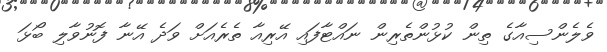
ވެލެންސިއާގެ ތިން ކުޅުންތެރިން ނައްޓާފައި އޭރިއާ ތެރެއަށް ވަދެ އޭނާ ފޮނުވާލި ބޯޅަ